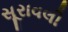
સૂરાવલી